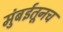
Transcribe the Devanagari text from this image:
मुंबईतूनच